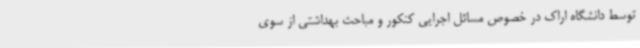
توسط دانشگاه اراک در خصوص مسائل اجرایی کنکور و مباحث بهداشتی از سوی